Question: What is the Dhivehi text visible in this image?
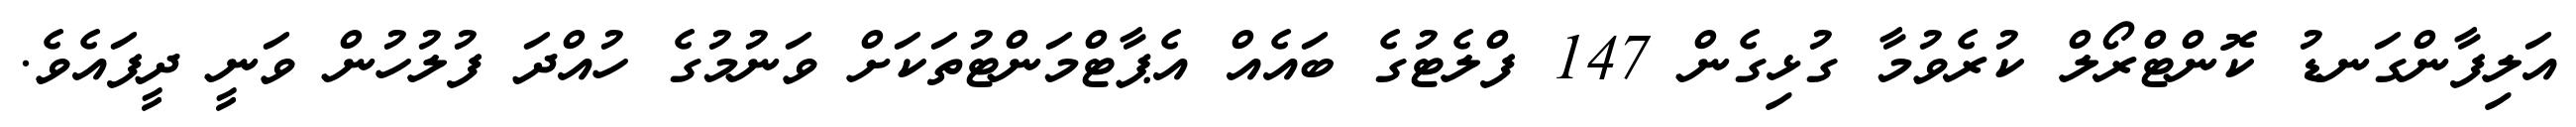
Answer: އަލިފާންގަނޑު ކޮންޓްރޯލް ކުރެވުމާ ގުޅިގެން 147 ފްލެޓުގެ ބައެއް އެޕާޓްމަންޓުތަކަށް ވަނުމުގެ ހުއްދަ ފުލުހުން ވަނީ ދީފައެވެ.